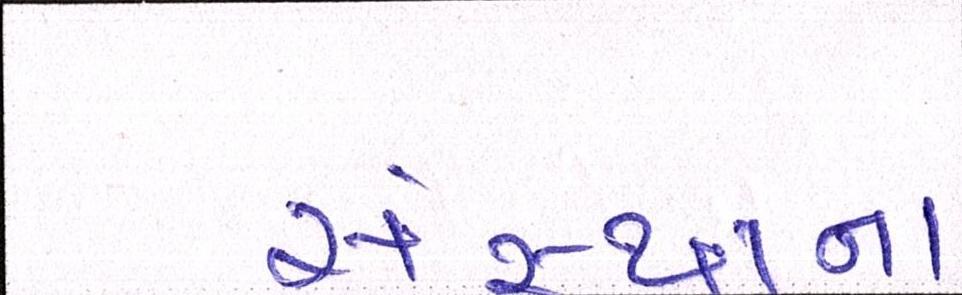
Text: સંસ્થાના